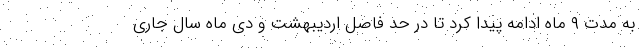
به مدت ۹ ماه ادامه پیدا کرد تا در حد فاصل اردیبهشت و دی ماه سال جاری